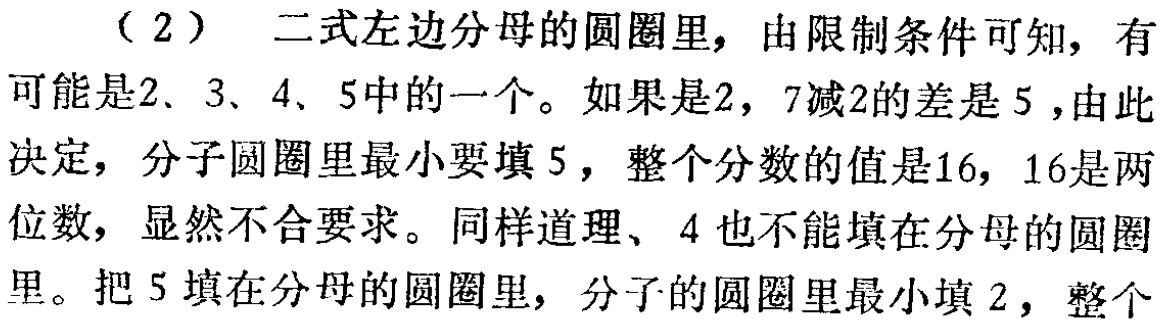
（2）二式左边分母的圆圈里，由限制条件可知，有可能是2、3、4、5中的一个。如果是2，7减2的差是5，由此决定，分子圆圈里最小要填5，整个分数的值是16，16是两位数，显然不合要求。同样道理、4也不能填在分母的圆圈里。把5填在分母的圆圈里，分子的圆圈里最小填2，整个